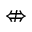
\nLeftrightarrow